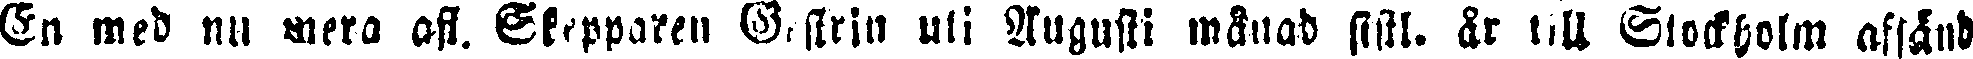
En med nu mera afl. Skepparen Biflrin uti Augusti månad sistl. år till Slockholm afsänd